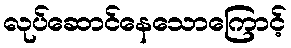
လုပ်ဆောင်နေသောကြောင့်